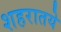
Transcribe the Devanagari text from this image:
शहरातये